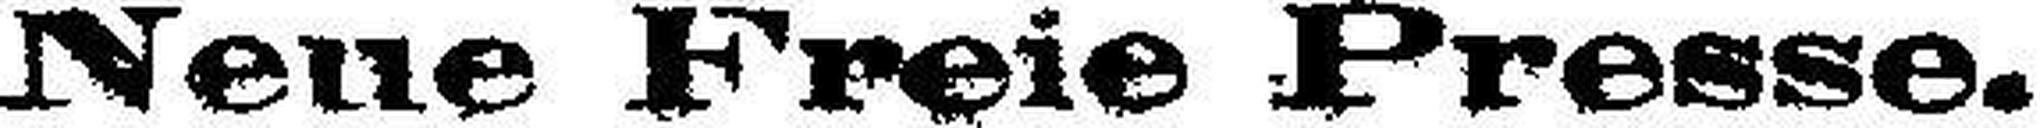
Neue Freie Presse.